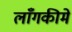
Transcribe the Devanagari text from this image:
लाँगकीमे